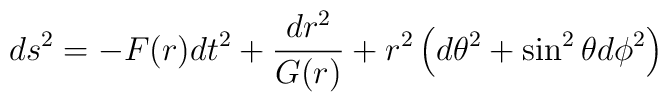
ds^{2}=-F(r)dt^{2}+\frac{dr^{2}}{G(r)}+r^{2}\left( d\theta ^{2}+\sin^{2}\theta d\phi ^{2}\right)